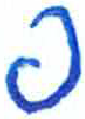
אות: פ